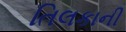
તિલકાની